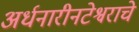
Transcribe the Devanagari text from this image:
अर्धनारीनटेश्वराचे